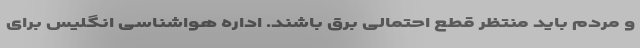
و مردم باید منتظر قطع احتمالی برق باشند. اداره هواشناسی انگلیس برای